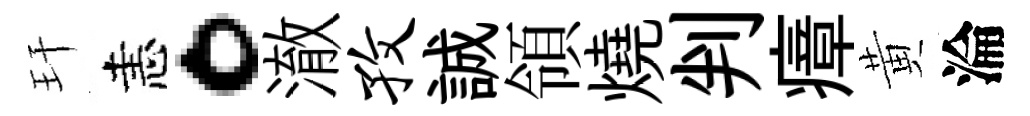
玕恚。澈孜誠領燒判瘴黄淪